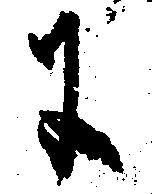
に